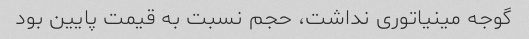
گوجه مینیاتوری نداشت، حجم نسبت به قیمت پایین بود